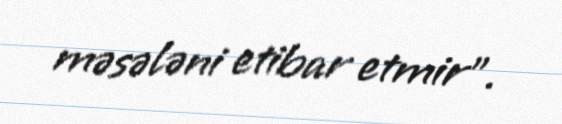
məsələni etibar etmir”.